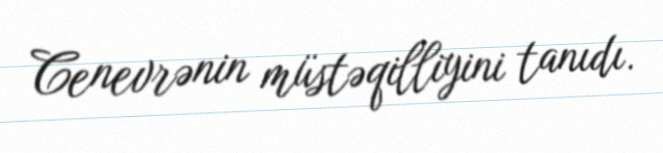
Cenevrənin müstəqilliyini tanıdı.